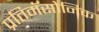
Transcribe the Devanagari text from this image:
प्रतिमॅसोनिक